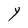
Character: Y